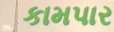
કામપાર